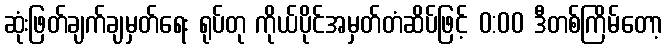
ဆုံးဖြတ်ချက်ချမှတ်ရေး ရုပ်တု ကိုယ်ပိုင်အမှတ်တံဆိပ်ဖြင့် 0:00 ဒီတစ်ကြိမ်တော့